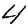
Digit: 4